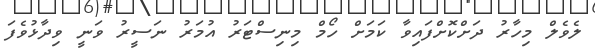
ލެވެލް މިހާރު ދަށްކޮށްފައިވާ ކަމަށް ހޯމް މިނިސްޓަރު އުމަރު ނަސީރު ވަނީ ވިދާޅުވެފަ